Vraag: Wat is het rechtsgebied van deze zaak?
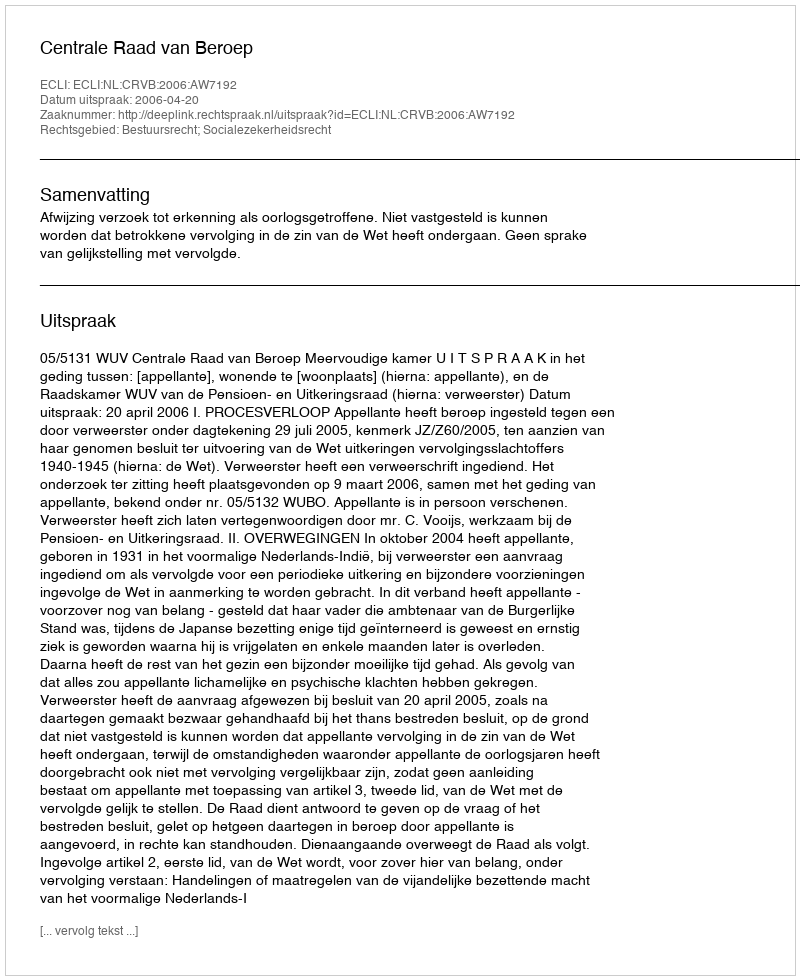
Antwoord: Bestuursrecht; Socialezekerheidsrecht